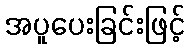
အပူပေးခြင်းဖြင့်